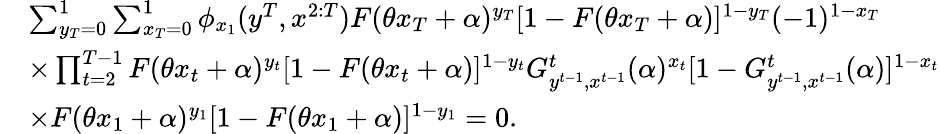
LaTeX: \begin{array}{rl}&{\sum_{y_{T}=0}^{1}\sum_{x_{T}=0}^{1}\phi_{x_{1}}(y^{T},x^{2:T})F(\theta x_{T}+\alpha)^{y_{T}}[1-F(\theta x_{T}+\alpha)]^{1-y_{T}}(-1)^{1-x_{T}}}\\ &{\times\prod_{t=2}^{T-1}F(\theta x_{t}+\alpha)^{y_{t}}[1-F(\theta x_{t}+\alpha)]^{1-y_{t}}G_{y^{t-1},x^{t-1}}^{t}(\alpha)^{x_{t}}[1-G_{y^{t-1},x^{t-1}}^{t}(\alpha)]^{1-x_{t}}}\\ &{\times F(\theta x_{1}+\alpha)^{y_{1}}[1-F(\theta x_{1}+\alpha)]^{1-y_{1}}=0.}\end{array}